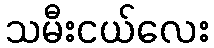
သမီးငယ်လေး